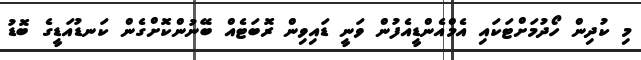
މި ކުދިން ހޯދުމަށްޓަކައި އެމްއެންޑީއެފުން ވަނީ ޑައިވިން ރޮބަޓެއް ބޭނުންކޮށްގެން ކަނޑުއަޑީގެ ބޮޑު